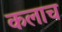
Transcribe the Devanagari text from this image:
कलाच